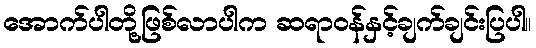
အောက်ပါတို့ဖြစ်လာပါက ဆရာဝန်နှင့်ချက်ချင်းပြပါ။